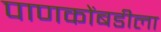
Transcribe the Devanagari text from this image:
पाणकोंबडीला